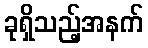
ခုရှိသည့်အနက်